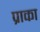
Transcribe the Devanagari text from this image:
प्राका